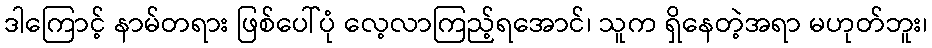
ဒါကြောင့် နာမ်တရား ဖြစ်ပေါ်ပုံ လေ့လာကြည့်ရအောင်၊ သူက ရှိနေတဲ့အရာ မဟုတ်ဘူး၊